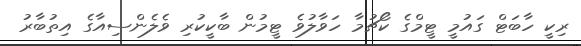
ރިކީ ހާބަޓް ގައުމީ ޓީމްގެ ކޯޗުމާ ހަވާލުވެ ޓީމުން ބާކީކުރި ވެލެންސިއާގެ އިތުބާރު